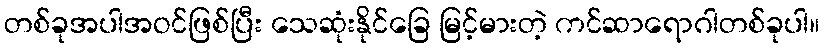
တစ်ခုအပါအဝင်ဖြစ်ပြီး သေဆုံးနိုင်ခြေ မြင့်မားတဲ့ ကင်ဆာရောဂါတစ်ခုပါ။